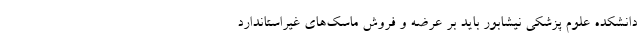
دانشکده علوم پزشکی نیشابور باید بر عرضه و فروش ماسک‌های غیراستاندارد